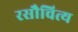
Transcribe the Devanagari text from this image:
रसौचित्य